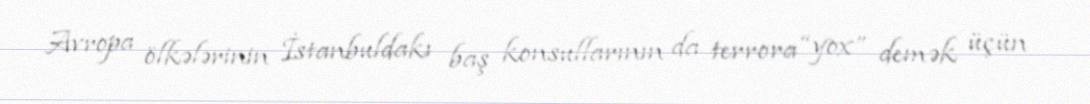
Avropa ölkələrinin İstanbuldakı baş konsullarının da terrora “yox” demək üçün